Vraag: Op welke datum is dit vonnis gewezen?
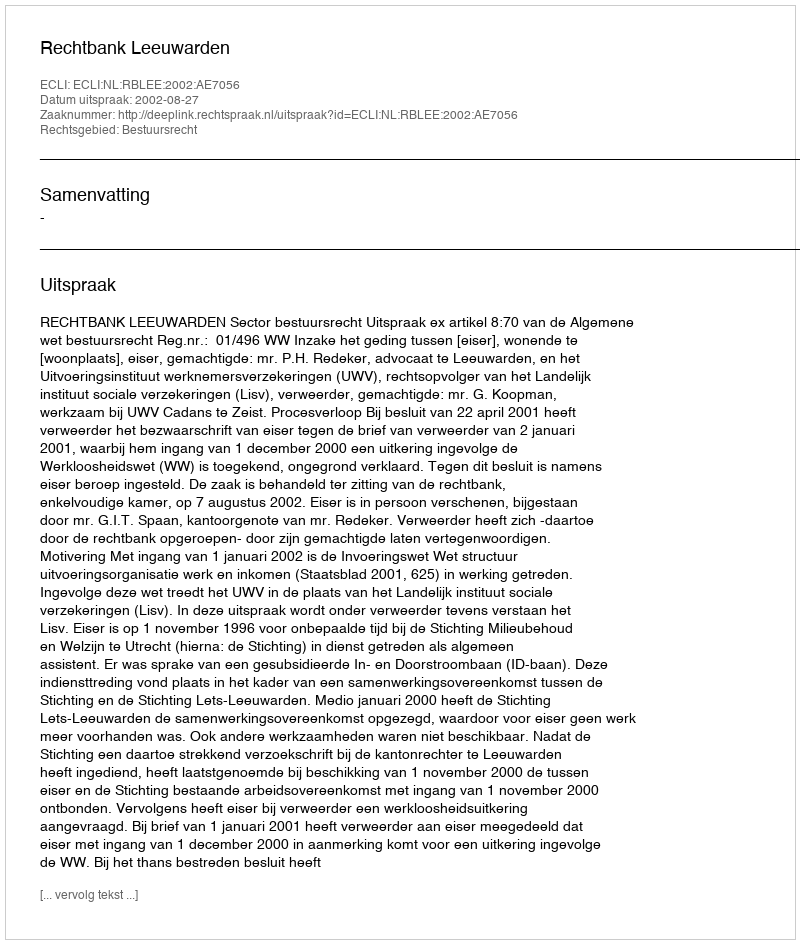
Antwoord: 2002-08-27